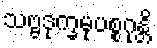
သဗ္ဗဒုက္ခမုပစ္စဂုန္တိ